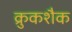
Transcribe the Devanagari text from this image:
क्रुकशैक